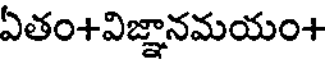
ఏతం+విజ్ఞానమయం+